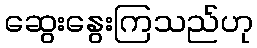
ဆွေးနွေးကြသည်ဟု